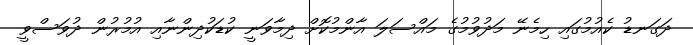
ދަގަނޑު ކެއުމުގައި ހިމެނޭ މަދުވުމުގެ މައްސަލަ އާންމުކޮށް ދިމާވަނީ ކުޑަކުދިންނާއި އުމުރުން ދުވަސްވީ